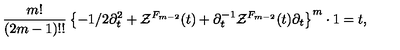
{ \frac { m ! } { ( 2 m - 1 ) ! ! } } \left\{ - 1 / 2 \partial _ { t } ^ { 2 } + { \cal Z } ^ { F _ { m - 2 } } ( t ) + \partial _ { t } ^ { - 1 } { \cal Z } ^ { F _ { m - 2 } } ( t ) \partial _ { t } \right\} ^ { m } \cdot 1 = t ,